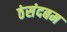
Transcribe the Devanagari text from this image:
ठंसंदबम